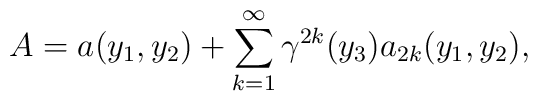
A=a(y_{1},y_{2})+\sum_{k=1}^{\infty} {\gamma}^{2k}(y_{3})a_{2k}(y_{1},y_{2}),